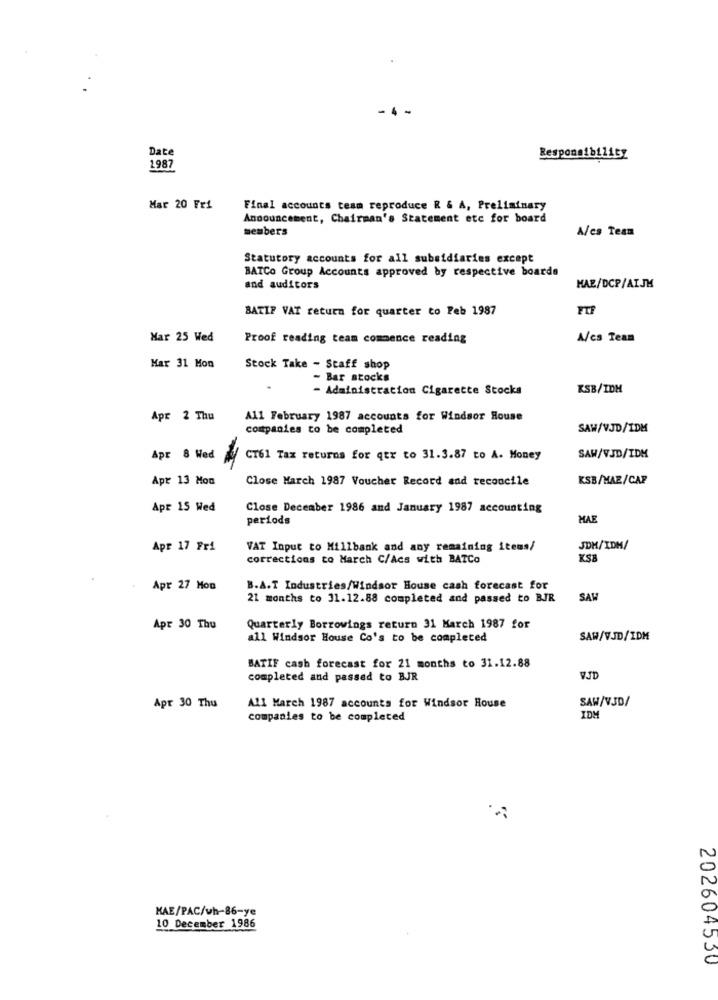
-. .
Date
Responsibility
1987
Mar 20 Fri
Final accounts team reproduce R & A, Preliminary
Announcement, Chairman's Statement etc for board
members
A/cs Team
Statutory accounts for all subsidiaries except
BATCo Group Accounts approved by respective boards
and auditors
MAE/DCP/AIJM
BATIF VAT return for quarter to Feb 1987
FTF
Har 25 Wed
Proof reading team commence reading
A/cs Team
Mar 31 Mon
Stock Take - Staff shop
- Bar stocks
- Administration Cigarette Stocks
KSB/IDM
Apr 2 Thu
All February 1987 accounts for Windsor House
companies to be completed
SAW/VJD/1DM
Apr 8 Wed
CT61 Tax returns for qtr to 31.3.87 to A. Money
SAW/VJD/IDM
Apt 13 Mon
Close March 1987 Voucher Record and reconcile
KSB/MAZ/CAP
Apr 15 Wed
Close December 1986 and January 1987 accounting
periods
HAE
Apr 17 Fri
VAT Input to Millbank and any remaining itens/
JDK/IDM/
corrections to March C/Acs with BATCo
KS
Apr 27 Mon
B.A.T Industries/Windsor House cash forecast for
21 months to 31.12.88 completed and passed to BJR
SAW
Apr 30 Thu
Quarterly Borrowings return 31 March 1987 for
all Windsor House Co's to be completed
SAW/VJD/IDM
BATIF cash forecast for 21 months to 31.12.88
completed and passed to BJR
WJD
Apr 30 Thu
All March 1987 accounts for Windsor House
SAW/VJD/
companies to be completed
IDM
KAE/PAC/wh-86-ye
10 December 1986
202604530